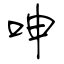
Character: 呻